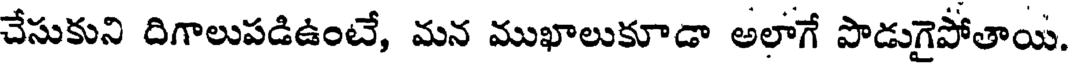
చేసుకుని దిగాలుపడిఉంటే, మన ముఖాలుకూడా అలాగే పొడుగైపోతాయి.